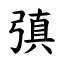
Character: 㣀